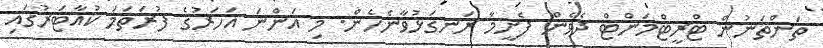
ތަންތަނުން ޓްރީޓްމަންޓް ދެވެން ފެށީމާ ރަނގަޅުވާނެހެން. މި އަންނަ އަހަރުގެ ފުރަތަމަ ކުއާޓަރުގައި